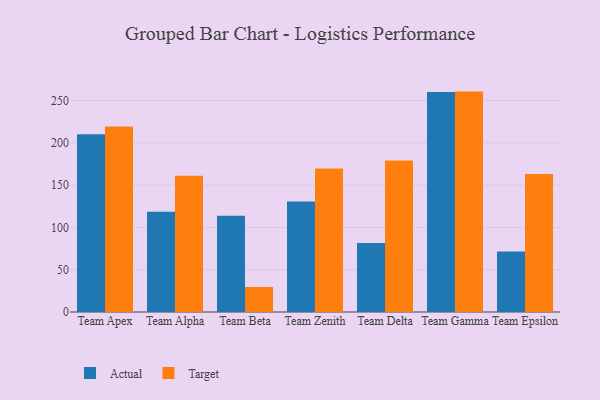
{"axis": {"x": "Team", "y": "Energy Usage (MWh)"}, "legend": ["Actual", "Target"], "data": [{"x": "Team Apex", "y": 210.2, "type": "Actual"}, {"x": "Team Apex", "y": 219.2, "type": "Target"}, {"x": "Team Alpha", "y": 118.6, "type": "Actual"}, {"x": "Team Alpha", "y": 161.1, "type": "Target"}, {"x": "Team Beta", "y": 113.7, "type": "Actual"}, {"x": "Team Beta", "y": 29.6, "type": "Target"}, {"x": "Team Zenith", "y": 130.7, "type": "Actual"}, {"x": "Team Zenith", "y": 169.7, "type": "Target"}, {"x": "Team Delta", "y": 81.5, "type": "Actual"}, {"x": "Team Delta", "y": 179.1, "type": "Target"}, {"x": "Team Gamma", "y": 260.0, "type": "Actual"}, {"x": "Team Gamma", "y": 260.6, "type": "Target"}, {"x": "Team Epsilon", "y": 71.5, "type": "Actual"}, {"x": "Team Epsilon", "y": 163.3, "type": "Target"}]}